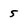
Character: 5